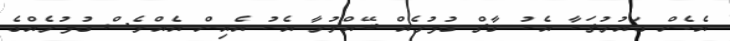
އެހެން ގައުމުތަކާ އެކު ގާތް ގުޅުމެއް ބޭއްވުމާ އެކު އެއިން އެއްވެސް ގުޅުމެއްގެ